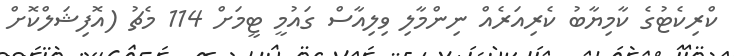
ކްރިކެޓުގެ ކާމިޔާބު ކެރިއަރެއް ނިންމާލި ވިލިއާސް ގައުމީ ޓީމަށް 114 މެޗު (އޮފިޝަލްކޮށް